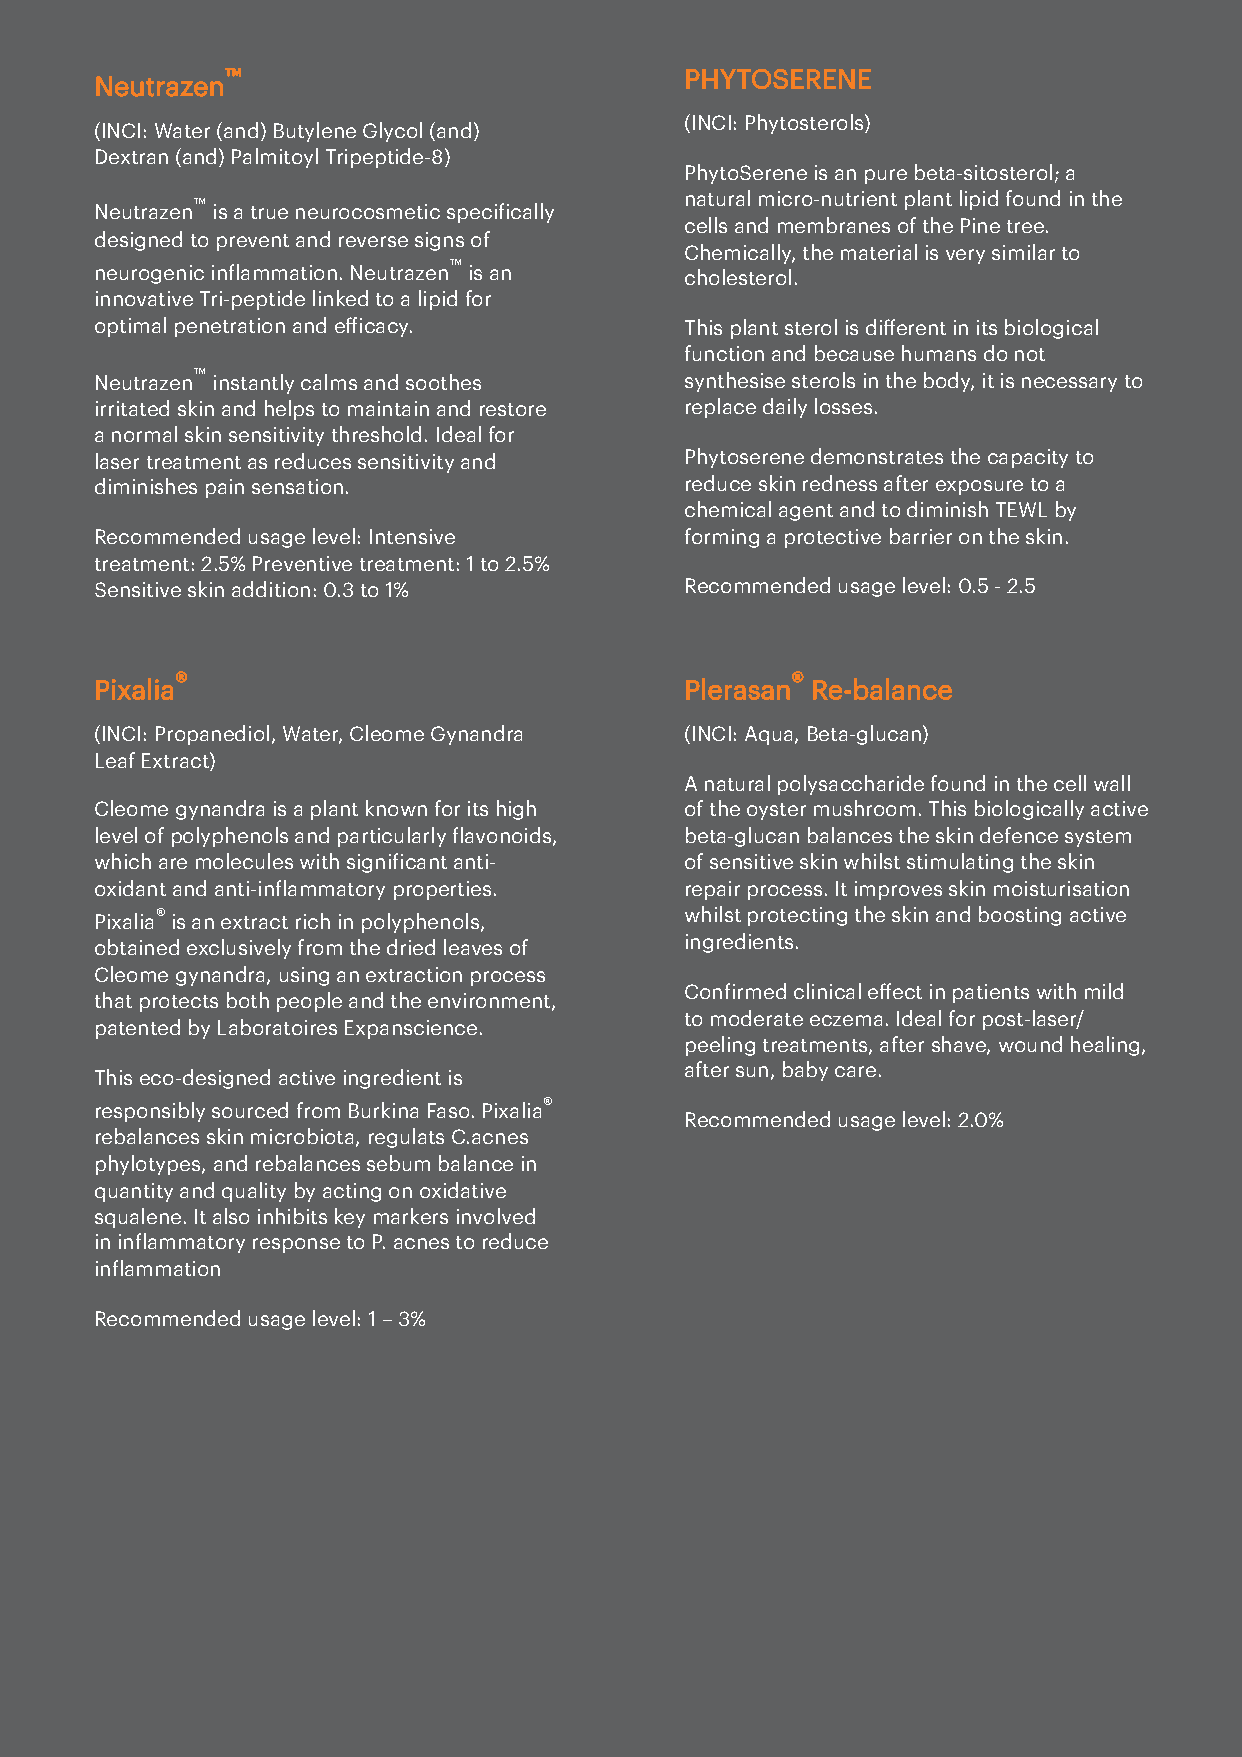
™                             PHYTOSERENE
 Neutrazen
 (INCI: Phytosterols)
 (INCI: Water (and) Butylene Glycol (and)
 Dextran (and) Palmitoyl Tripeptide-8)
 PhytoSerene is an pure beta-sitosterol; a
 natural micro-nutrient plant lipid found in the
 ™
 Neutrazen is a true neurocosmetic speciically
 cells and membranes of the Pine tree.
 designed to prevent and reverse signs of
 Chemically, the material is very similar to
 ™
 neurogenic inlammation. Neutrazen is an cholesterol.
 innovative Tri-peptide linked to a lipid for
 optimal penetration and eicacy.       This plant sterol is different in its biological
 function and because humans do not
 Neutrazen™ instantly calms and soothes synthesise sterols in the body, it is necessary to
 irritated skin and helps to maintain and restore replace daily losses.
 a normal skin sensitivity threshold. Ideal for
 laser treatment as reduces sensitivity and Phytoserene demonstrates the capacity to
 diminishes pain sensation.             reduce skin redness after exposure to a
 chemical agent and to diminish TEWL by
 Recommended usage level: Intensive     forming a protective barrier on the skin.
 treatment: 2.5% Preventive treatment: 1 to 2.5%
 Sensitive skin addition: 0.3 to 1%     Recommended usage level: 0.5 - 2.5
 ®                                       ®
 Pixalia                                Plerasan Re-balance
 (INCI: Propanediol, Water, Cleome Gynandra (INCI: Aqua, Beta-glucan)
 Leaf Extract)
 A natural polysaccharide found in the cell wall
 Cleome gynandra is a plant known for its high of the oyster mushroom. This biologically active
 level of polyphenols and particularly lavonoids, beta-glucan balances the skin defence system
 which are molecules with signiicant anti- of sensitive skin whilst stimulating the skin
 oxidant and anti-inlammatory properties. repair process. It improves skin moisturisation
 ®                                  whilst protecting the skin and boosting active
 Pixalia is an extract rich in polyphenols,
 obtained exclusively from the dried leaves of ingredients.
 Cleome gynandra, using an extraction process
 Conirmed clinical effect in patients with mild
 that protects both people and the environment,
 to moderate eczema. Ideal for post-laser/
 patented by Laboratoires Expanscience.
 peeling treatments, after shave, wound healing,
 after sun, baby care.
 This eco-designed active ingredient is
 ®
 responsibly sourced from Burkina Faso. Pixalia
 Recommended usage level: 2.0%
 rebalances skin microbiota, regulats C.acnes
 phylotypes, and rebalances sebum balance in
 quantity and quality by acting on oxidative
 squalene. It also inhibits key markers involved
 in inlammatory response to P. acnes to reduce
 inlammation
 Recommended usage level: 1 – 3%